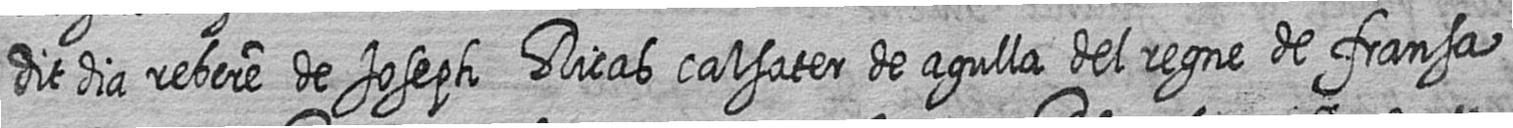
dit dia rebere de Joseph Ricas calsater de agulla del regne de fransa